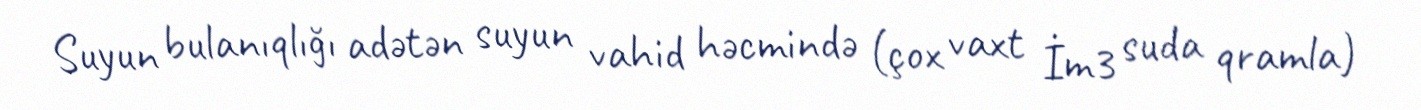
Suyun bulanıqlığı adətən suyun vahid həcmində (çox vaxt İm3 suda qramla)